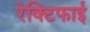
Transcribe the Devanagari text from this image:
रेक्टिफाई